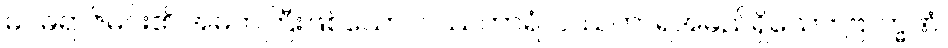
မဂဓရာဇ်မင်း၏ အမတ်ကြီးဖြစ်သော။ ဝဿကာရံ၊ ဝဿကာရအမည်ရှိသော။ ဗြာဟ္မဏံ၊